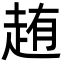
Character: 䞥